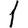
Digit: 1